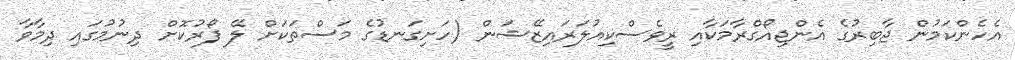
އެހެންކަމުން ޖާބިރުގެ އެންޖިއޯގްރާމަކާއި ރީވެސްކިއުލަރައިޒޭޝަން (ހަށިގަނޑުގެ މަސްތަކަށް ލޭ ފޯރުކޮށް ދިނުމުގައި ދިމާވާ